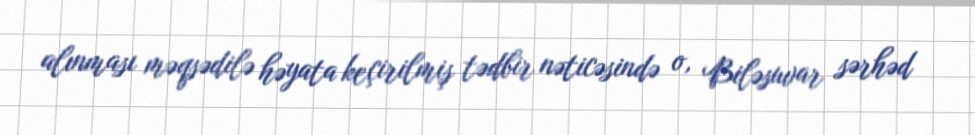
alınması məqsədilə həyata keçirilmiş tədbir nəticəsində o, Biləsuvar sərhəd